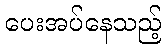
ပေးအပ်နေသည့်